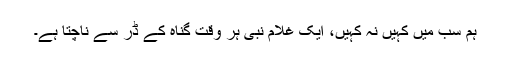
ہم سب میں کہیں نہ کہیں، ایک غلام نبی ہر وقت گناہ کے ڈر سے ناچتا ہے۔